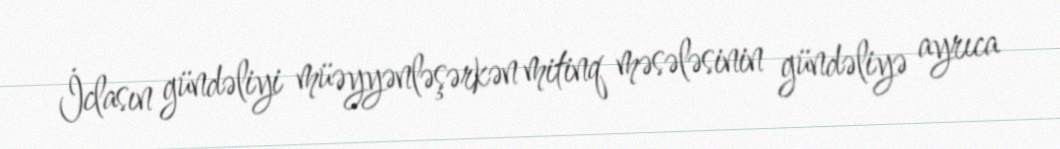
İclasın gündəliyi müəyyənləşərkən mitinq məsələsinin gündəliyə ayrıca